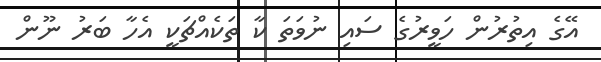
އޭގެ އިތުރުން ހަވީރުގެ ސައި ނުވަތަ ކާ ތަކެއްޗަކީ އެހާ ބަރު ނޫން